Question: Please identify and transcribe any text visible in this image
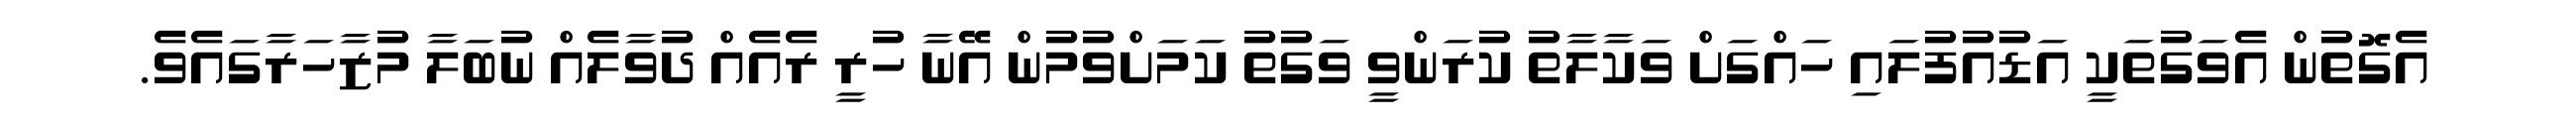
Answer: އެގޮތުން އެވަގުތަކީ އަޑުއުފުލައި ހައްގަށް ވަކާލާތު ކުރަންވީ ވަގުތު ކަމަށްވުމުން އޭނާ ހުރީ ރެއެއް ދުވާލެއް ނުބަލާ މުޒާހަރާގައެވެ.